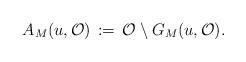
LaTeX: \begin{align*}A_M(u,\mathcal{O})\,:=\,\mathcal{O}\setminus G_M(u,\mathcal{O}).\end{align*}